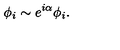
\phi _ { i } \sim e ^ { i \alpha } \phi _ { i } .